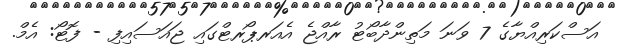
އަސްކަރިއްޔާގެ 7 ވަނަ މަތިންދާބޯޓު ރާއްޖެ އެއަރޕޯރޓްގައި ޖައަސައިފި - ފޮޓޯ: އެމް.